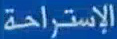
الإستراحة